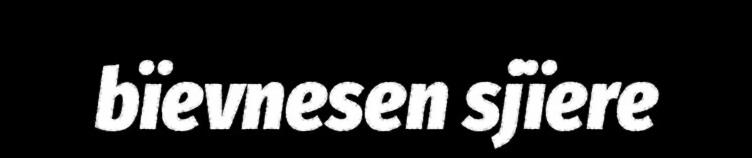
bïevnesen sjïere